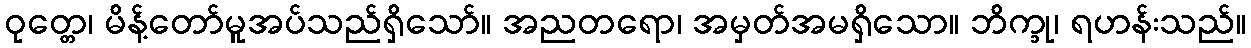
ဝုတ္တေ၊ မိန့်တော်မူအပ်သည်ရှိသော်။ အညတရော၊ အမှတ်အမရှိသော။ ဘိက္ခု၊ ရဟန်းသည်။